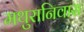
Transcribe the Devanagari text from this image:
मथुरानिवास